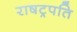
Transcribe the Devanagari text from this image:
राषट्रपति